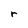
Character: r